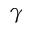
\gamma